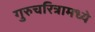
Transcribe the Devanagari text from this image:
गुरुचरित्रामध्ये